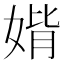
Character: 𡞂